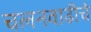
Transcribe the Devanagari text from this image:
चलनवाढीचे